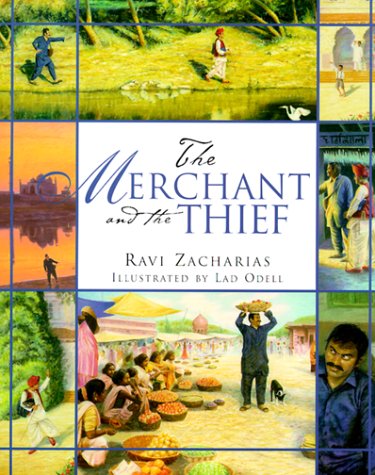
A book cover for The Merchant and the Thief: A Folktale of Godly Wisdom; Ravi Zacharias; Children's Books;